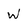
Character: W